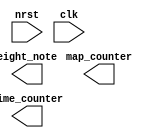
module Player (
input nrst,
input clk,
output reg	map_counter,
output reg	time_counter,
output reg	eight_note
);


always @( posedge clk or negedge nrst) begin
	
end

endmodule